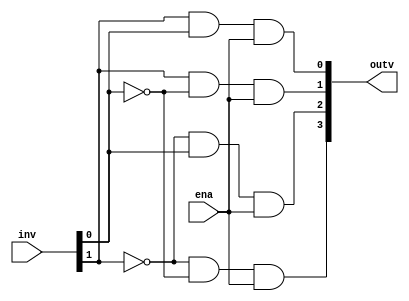
module DEC24 (ena, inv, outv);
  input ena;
  input [1:0] inv;
  output [3:0] outv;
  
  wire [1:0] inv;
  wire [3:0] outv;
  
  wire t0, t1;
  
  not not00 (t0,inv[1]);
  not not01 (t1, inv[0]);
  
  and and00 (outv[3], t0, t1, ena);
  and and01 (outv[2], t0, inv[0], ena);
  and and02 (outv[1], inv[1], t1, ena);
  and and03 (outv[0], inv[1], inv[0], ena);

endmodule